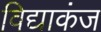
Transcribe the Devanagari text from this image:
विद्याकंज